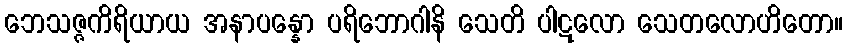
ဘေသဇ္ဇကိရိယာယ အနာပန္နော ပရိဘောဂါနိ သေတိ ပါဋလော သေတလောဟိတော။